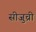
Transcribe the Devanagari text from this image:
सीजुच्री